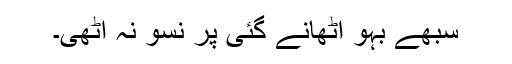
سُبھے بہو اٹھانے گئی پر نسو نہ اٹھی۔